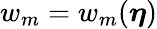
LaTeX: w_{m}=w_{m}(\boldsymbol{\eta})